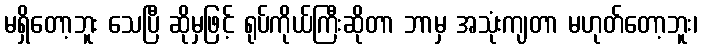
မရှိတော့ဘူး သေပြီ ဆိုမှဖြင့် ရုပ်ကိုယ်ကြီးဆိုတာ ဘာမှ အသုံးကျတာ မဟုတ်တော့ဘူး၊